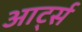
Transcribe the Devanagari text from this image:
आर्ट्स